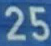
25